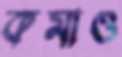
কমাও